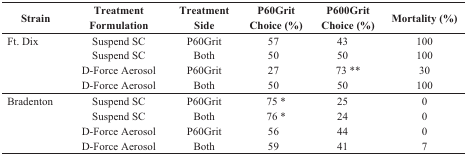
| Strain | TreatmentFormulation | Treatment Side | P60Grit Choice (%) | P600Grit Choice (%) | Mortality (%) |
 | --- | --- | --- | --- | --- | --- |
 | <ROWSPAN=4> Ft. Dix | Suspend SC | P60Grit | 57 | 43 | 100 |
 | Suspend SC | Both | 50 | 50 | 100 |
 | D-Force Aerosol | P60Grit | 27 | 73 ** | 30 |
 | D-Force Aerosol | Both | 50 | 50 | 100 |
 | <ROWSPAN=4> Bradenton | Suspend SC | P60Grit | 75 * | 25 | 0 |
 | Suspend SC | Both | 76 * | 24 | 0 |
 | D-Force Aerosol | P60Grit | 56 | 44 | 0 |
 | D-Force Aerosol | Both | 59 | 41 | 7 |